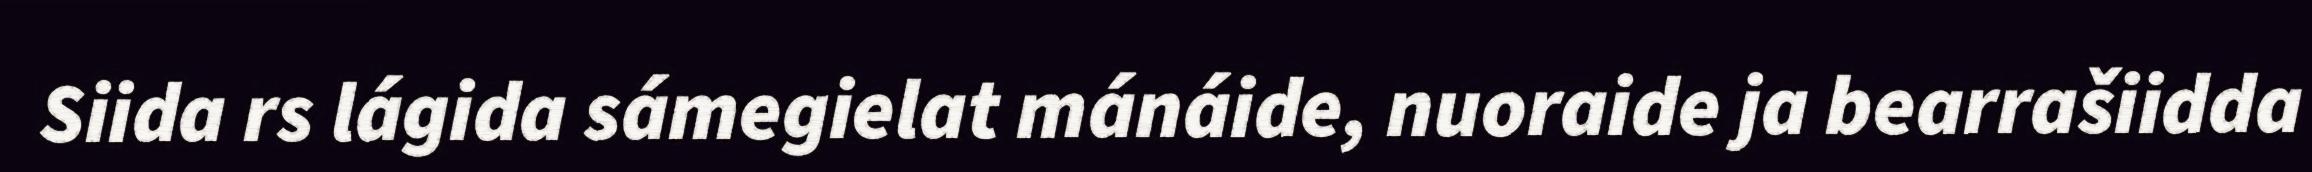
Siida rs lágida sámegielat mánáide, nuoraide ja bearrašiidda